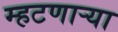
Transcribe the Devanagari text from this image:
म्हटणाऱ्या